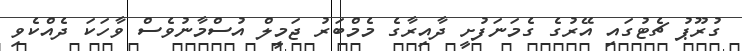
ގުރޫޕު ޗެޓުގައި އޭރުގެ ގެމަނަފުށީ ދާއިރާގެ މެމްބަރު ޖަމީލް އުސްމާނުވެސް ވާހަކަ ދެއްކެވި